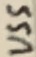
Text: VSS